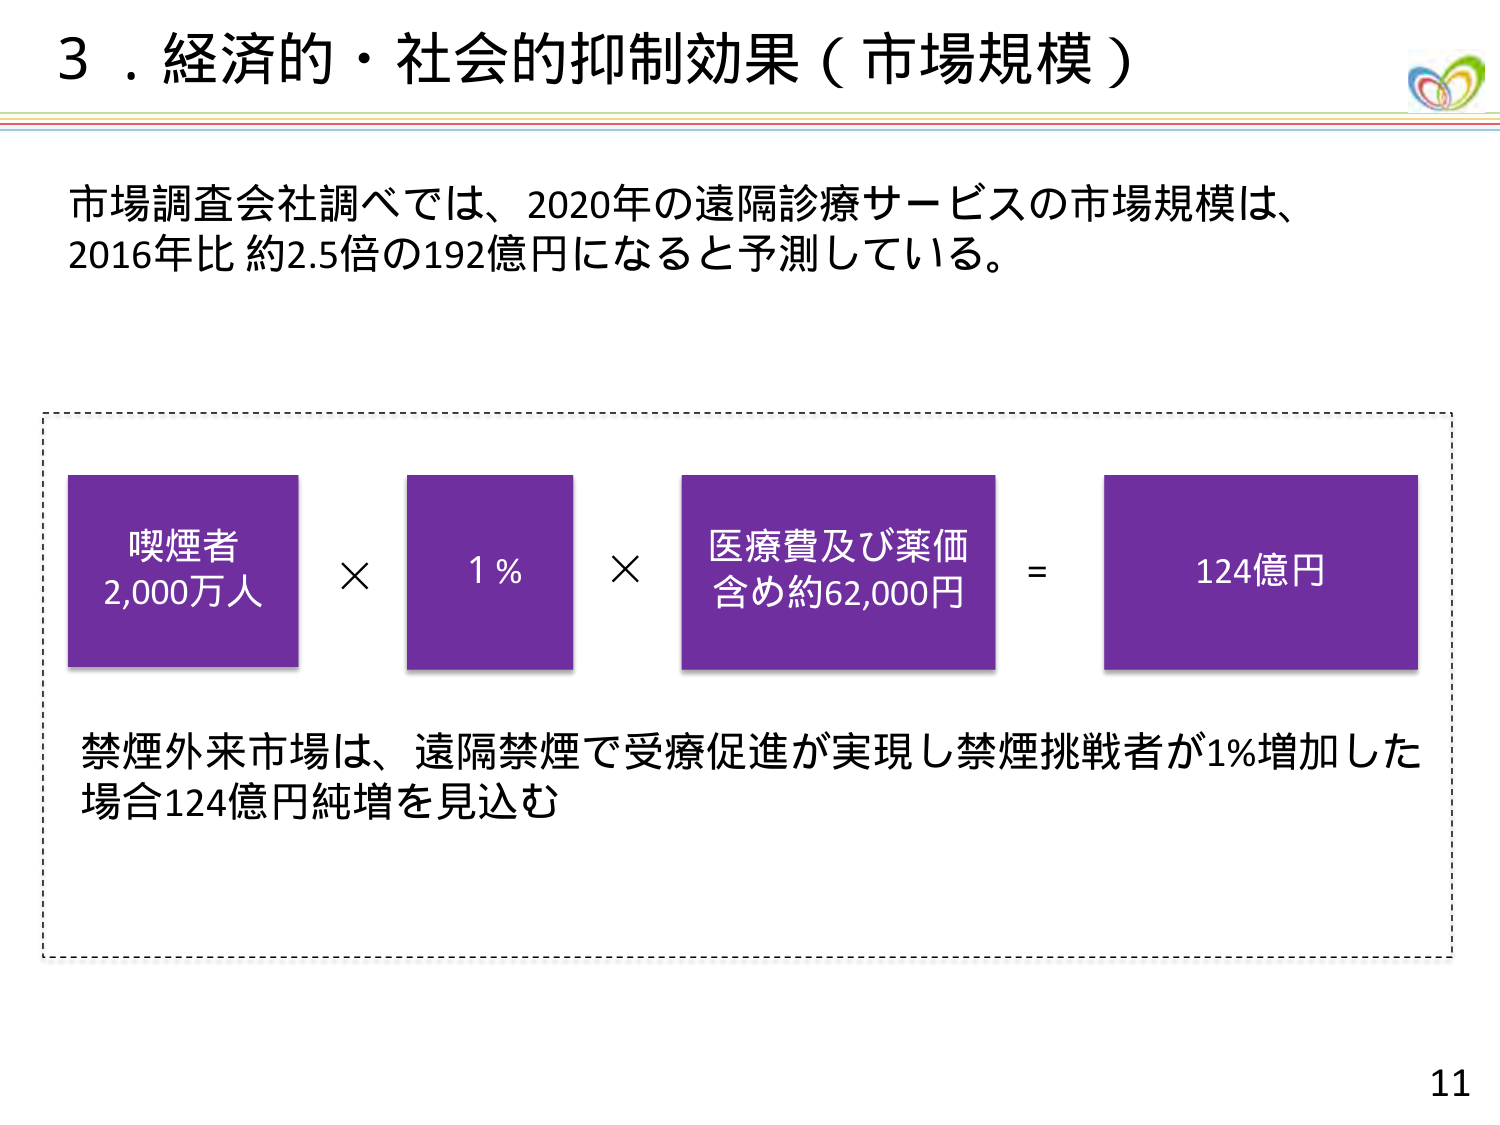
3．経済的・社会的抑制効果（市場規模）

市場調査会社調べでは、2020年の遠隔診療サービスの市場規模は、
2016年比 約2.5倍の192億円になると予測している。

喫煙者
2,000万人
×
1％
×
医療費及び薬価
含め約62,000円
=
124億円

禁煙外来市場は、遠隔禁煙で受療促進が実現し禁煙挑戦者が1％増加した
場合124億円純増を見込む

11